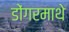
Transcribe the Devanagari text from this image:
डोंगरमाथे